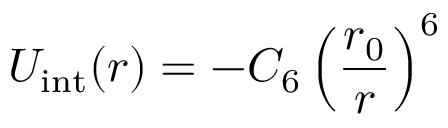
U _ { \mathrm { i n t } } ( r ) = - C _ { 6 } \left( \frac { r _ { 0 } } { r } \right) ^ { 6 }